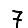
Digit: 7